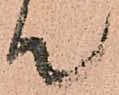
て